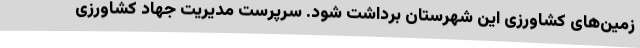
زمین‌های کشاورزی این شهرستان برداشت شود. سرپرست مدیریت جهاد کشاورزی